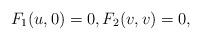
LaTeX: \begin{align*} F_1(u,0)=0,F_2(v,v)=0,\end{align*}